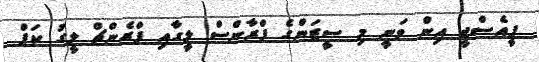
ޕީއެސްޖީ އިން ވަނީ މި ސީޒަންގެ ފްރާންސް ލީގާއި ފްރެންޗް ލީގު ކަޕް